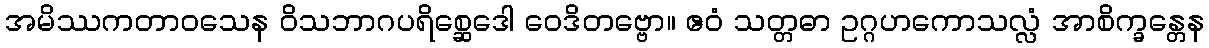
အမိဿကတာဝသေန ဝိသဘာဂပရိစ္ဆေဒေါ ဝေဒိတဗ္ဗော။ ဧဝံ သတ္တဓာ ဥဂ္ဂဟကောသလ္လံ အာစိက္ခန္တေန